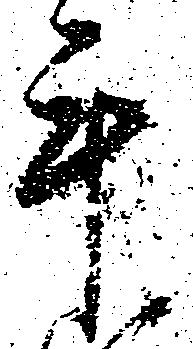
手